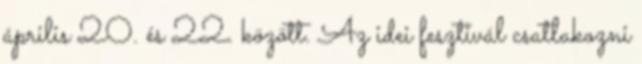
április 20. és 22. között. Az idei fesztivál csatlakozni